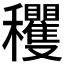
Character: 𥤘